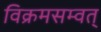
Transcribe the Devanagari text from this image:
विक्रमसम्वत्